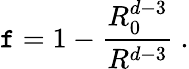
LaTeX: \mathtt{f}=1-\frac{{R_{0}^{d-3}}}{{R^{d-3}}}\ .